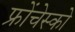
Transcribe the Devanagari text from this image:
फ्रोंचेस्को